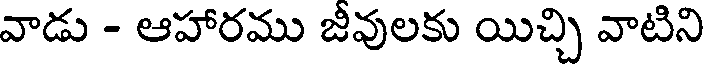
వాడు - ఆహారము జీవులకు యిచ్చి వాటిని